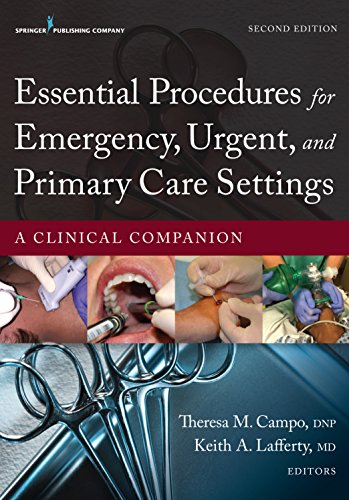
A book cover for Essential Procedures for Emergency, Urgent, and Primary Care Settings, Second Edition: A Clinical Companion; Medical Books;